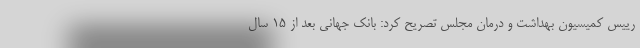
رییس کمیسیون بهداشت و درمان مجلس تصریح کرد: بانک جهانی بعد از ۱۵ سال